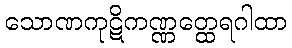
သောဏကုဋိကဏ္ဏတ္ထေရဂါထာ